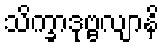
သိက္ခာဒုဗ္ဗလျာနိ